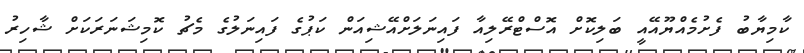
ކާމިޔާބު ފެށުމެއްޔޫއޭއީ ބަލިކޮށް އޮސްޓްރޭލިއާ ފައިނަލަށްއޭޝިއަން ކަޕުގެ ފައިނަލުގެ މެޗު ކޮމިޝަނަރަކަށް ޝާހިރު